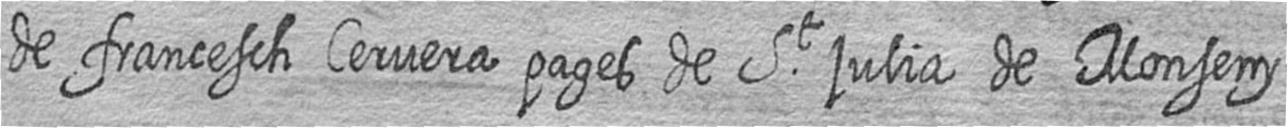
de francesch Cervera pages de St julia de Monseny